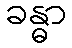
ခန္ဓာ